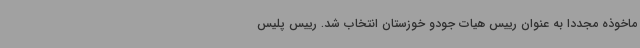
ماخوذه مجددا به عنوان رییس هیات جودو خوزستان انتخاب شد. رییس پلیس